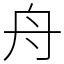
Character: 舟